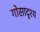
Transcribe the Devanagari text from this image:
गोसादृश्य